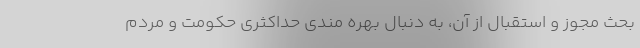
بحث مجوز و استقبال از آن، به دنبال بهره مندی حداکثری حکومت و مردم